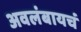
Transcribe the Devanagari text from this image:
अवलंबायचं